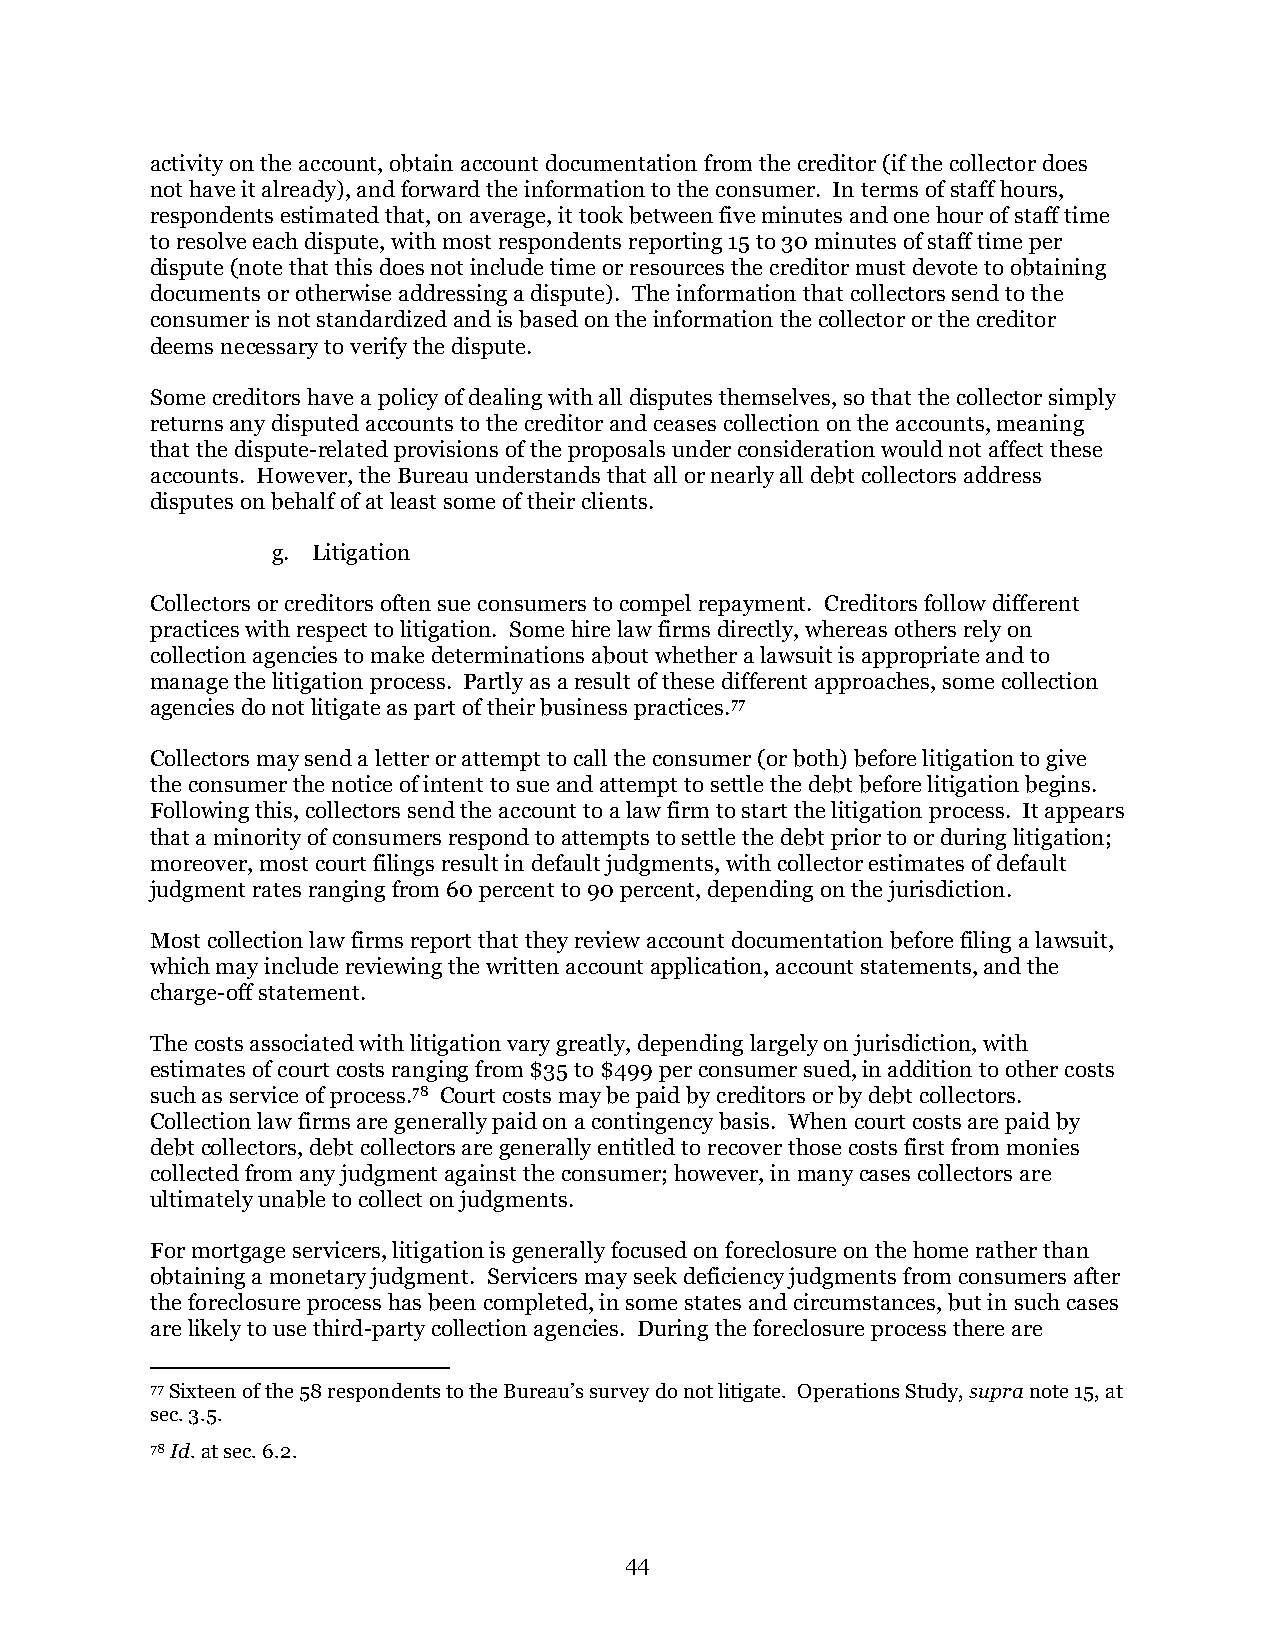
activity on the account, obtain account documentation from the creditor (if the collector does
 not have it already), and forward the information to the consumer. In terms of staff hours,
 respondents estimated that, on average, it took between five minutes and one hour of staff time
 to resolve each dispute, with most respondents reporting 15 to 30 minutes of staff time per
 dispute (note that this does not include time or resources the creditor must devote to obtaining
 documents or otherwise addressing a dispute). The information that collectors send to the
 consumer is not standardized and is based on the information the collector or the creditor
 deems necessary to verify the dispute.
 Some creditors have a policy of dealing with all disputes themselves, so that the collector simply
 returns any disputed accounts to the creditor and ceases collection on the accounts, meaning
 that the dispute-related provisions of the proposals under consideration would not affect these
 accounts. However, the Bureau understands that all or nearly all debt collectors address
 disputes on behalf of at least some of their clients.
 g. Litigation
 Collectors or creditors often sue consumers to compel repayment. Creditors follow different
 practices with respect to litigation. Some hire law firms directly, whereas others rely on
 collection agencies to make determinations about whether a lawsuit is appropriate and to
 manage the litigation process. Partly as a result of these different approaches, some collection
 agencies do not litigate as part of their business practices.77
 Collectors may send a letter or attempt to call the consumer (or both) before litigation to give
 the consumer the notice of intent to sue and attempt to settle the debt before litigation begins.
 Following this, collectors send the account to a law firm to start the litigation process. It appears
 that a minority of consumers respond to attempts to settle the debt prior to or during litigation;
 moreover, most court filings result in default judgments, with collector estimates of default
 judgment rates ranging from 60 percent to 90 percent, depending on the jurisdiction.
 Most collection law firms report that they review account documentation before filing a lawsuit,
 which may include reviewing the written account application, account statements, and the
 charge-off statement.
 The costs associated with litigation vary greatly, depending largely on jurisdiction, with
 estimates of court costs ranging from $35 to $499 per consumer sued, in addition to other costs
 such as service of process.78 Court costs may be paid by creditors or by debt collectors.
 Collection law firms are generally paid on a contingency basis. When court costs are paid by
 debt collectors, debt collectors are generally entitled to recover those costs first from monies
 collected from any judgment against the consumer; however, in many cases collectors are
 ultimately unable to collect on judgments.
 For mortgage servicers, litigation is generally focused on foreclosure on the home rather than
 obtaining a monetary judgment. Servicers may seek deficiency judgments from consumers after
 the foreclosure process has been completed, in some states and circumstances, but in such cases
 are likely to use third-party collection agencies. During the foreclosure process there are
 77 Sixteen of the 58 respondents to the Bureau’s survey do not litigate. Operations Study, supra note 15, at
 sec. 3.5.
 78 Id. at sec. 6.2.
 44